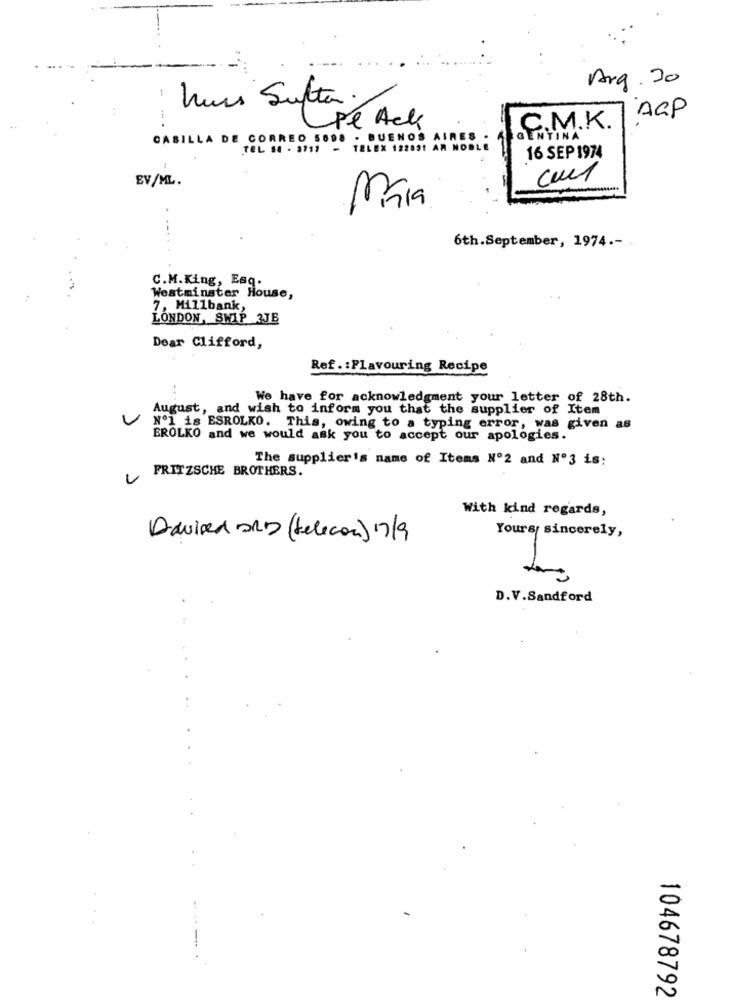
Arg. 30
:
huss Sultan.
AGP
(pl Ack
C.M.K.
CASILLA DE CORREO 5098 . BUENOS
RES
GENTINA
TEL 98 . 3711
TELEX 122891 A
16 SEP 1974
EV/ML.
Mára
6th.September, 1974 .-
C.M.King, Esq.
Westminster House,
7, Millbank,
LONDON, SWIP 3JB
Dear Clifford,
Ref .: Flavouring Recipe
We have for acknowledgment your letter of 28th.
August, and wish to inform you that the supplier of Item
Nº1 is ESROLKO. This, owing to a typing error, was given as
EROLKO and we would ask you to accept our apologies.
The supplier's name of Items Nº2 and Nº3 is:
FRITZSCHE BROTHERS.
With kind regards,
Yours sincerely,
Dawired ORD (telecon) 17/9
D.V.Sandford
104678792